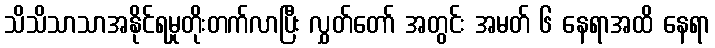
သိသိသာသာအနိုင်ရမှုတိုးတက်လာပြီး လွှတ်တော် အတွင်း အမတ် ၆ နေရာအထိ နေရာ